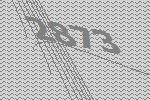
2873